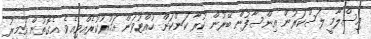
އިސްލާމީ ލަސްކަރުން އިންސާފުން ބޭރުން ކުރާ ކަންކަން ހުއްޓުވަން އަމުރުކުރެއްވިއެވެ. އެގޮތުން އަމީރު